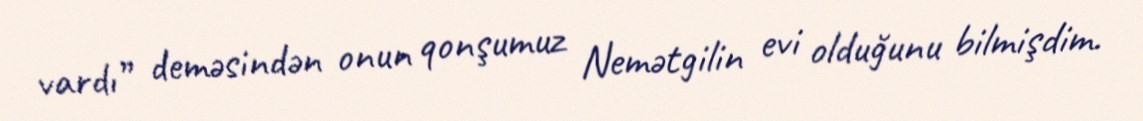
vardı” deməsindən onun qonşumuz Nemətgilin evi olduğunu bilmişdim.